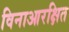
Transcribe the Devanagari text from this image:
विनाआरक्षित